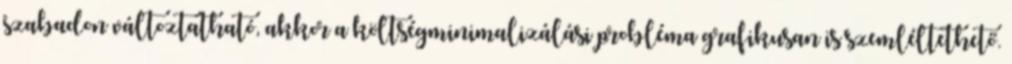
szabadon változtatható, akkor a költségminimalizálási probléma grafikusan is szemléltethető.